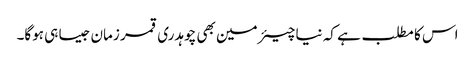
اس کا مطلب ہے کہ نیا چیئرمین بھی چوہدری قمر زمان جیسا ہی ہوگا۔